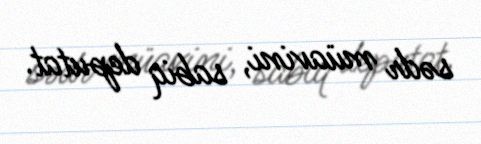
sədr müavini, sabiq deputat.